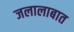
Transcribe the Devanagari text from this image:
जलालाबात